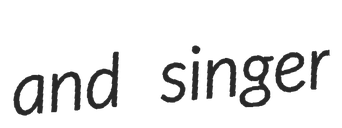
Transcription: and singer